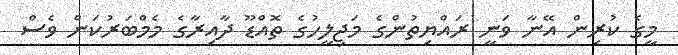
މީގެ ކުރިން އޭނާ ވަނީ ރައްޔިތުންގެ މަޖިލީހުގެ ތޮއްޑޫ ދާއިރާގެ މެމްބަރުކަން ވެސް